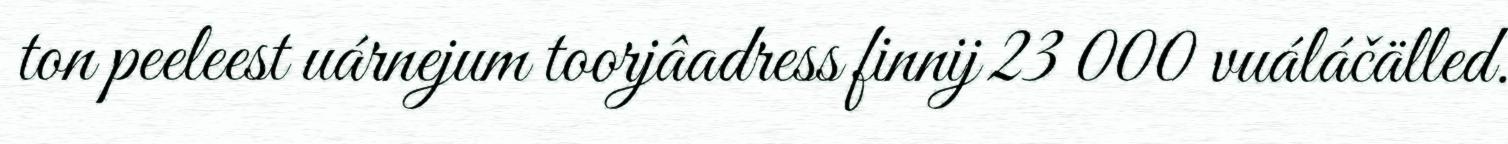
ton peeleest uárnejum toorjâadress finnij 23 000 vuáláčälled.